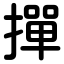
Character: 撣